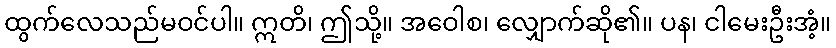
ထွက်လေသည်မဝင်ပါ။ ဣတိ၊ ဤသို့။ အဝေါစ၊ လျှောက်ဆို၏။ ပန၊ ငါမေးဦးအံ့။